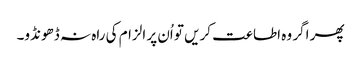
پھر اگر وہ اطاعت کریں تو اُن پر الزام کی راہ نہ ڈھونڈو۔